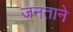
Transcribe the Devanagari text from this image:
जनताने